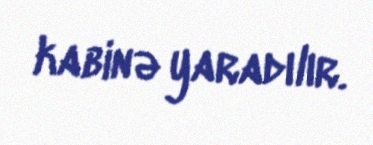
kabinə yaradılır.